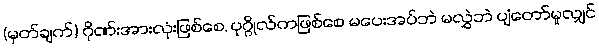
(မှတ်ချက်) ဂိုဏ်းအားလုံးဖြစ်စေ, ပုဂ္ဂိုလ်ကဖြစ်စေ မပေးအပ်ဘဲ မလွှဲဘဲ ပျံတော်မူလျှင်